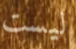
ليست